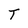
Character: T